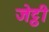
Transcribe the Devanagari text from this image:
जेट्ठी